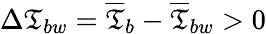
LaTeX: \Delta\mathfrak{T}_{bw}=\overline{{{\mathfrak{T}}}}_{b}-\overline{{{\mathfrak{T}}}}_{bw}>0